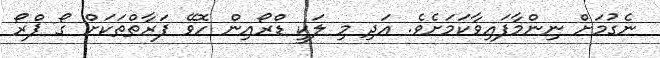
ނެގުމަށް ނިންމާފައިވާކަމަށެވެ. އަދި މި ލަކީ ޑްރޯއިން ހޮވޭ ފަރާތްތަކަށް ގޯ ޕްރޯ